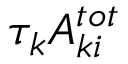
\tau _ { k } A _ { k i } ^ { t o t }